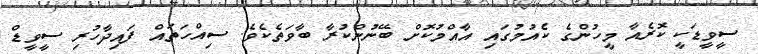
ސީވީޑަކީ ކޮރެއާ މީހުންގެ ކެއުމުގައި އާއްމުކޮށް ބޭނުންކުރާ ބާވަތެކެވެ. ސިއްހަތައް ފައިދާހުރި ސީވީޑް